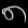
Digit: ၈